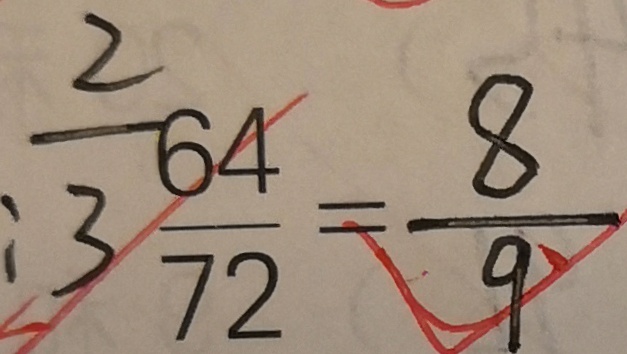
\frac { 2 } { 3 } \frac { 6 4 } { 7 2 } = \frac { 8 } { 9 }